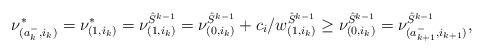
LaTeX: \begin{align*}\nu_{(a_k^-, i_k)}^* = \nu_{(1, i_k)}^* = \nu_{(1, i_k)}^{\hat{S}^{k-1}} = \nu_{(0, i_k)}^{\hat{S}^{k-1}} + c_i / w_{(1, i_k)}^{\hat{S}^{k-1}} \geq \nu_{(0, i_k)}^{\hat{S}^{k-1}} = \nu_{(a_{k+1}^-, i_{k+1})}^{\hat{S}^{k-1}},\end{align*}